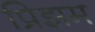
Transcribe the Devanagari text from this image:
प्रिझम